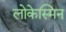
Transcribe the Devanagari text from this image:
लोकेस्मिन